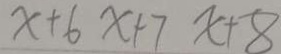
x + 6 x + 7 x + 8